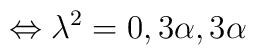
\Leftrightarrow \lambda^2=0,3\alpha,3\alpha